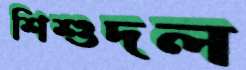
শিশুদল